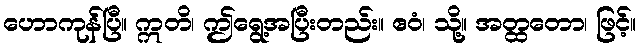
ဟောကုန်ပြီ။ ဣတိ၊ ဤရွေ့အပြီးတည်း။ ဧဝံ၊ သို့။ အတ္ထတော၊ ဖြင့်။